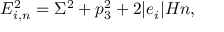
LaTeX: E _ { i , n } ^ { 2 } = \Sigma ^ { 2 } + p _ { 3 } ^ { 2 } + 2 | e _ { i } | H n ,